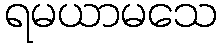
ရမယာမသေ